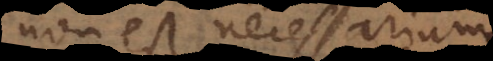
non est necessarium.